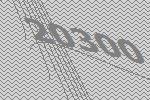
20300